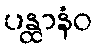
ပန္ထာနံဝ